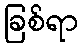
ခြစ်ရာ